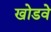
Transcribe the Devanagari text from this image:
खोडवे